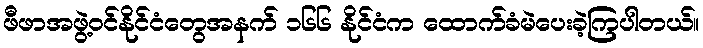
ဖီဖာအဖွဲ့ဝင်နိုင်ငံတွေအနက် ၁၆၆ နိုင်ငံက ထောက်ခံမဲပေးခဲ့ကြပါတယ်။